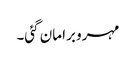
مہرو برا مان گئی۔